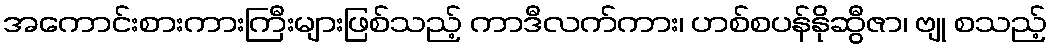
အကောင်းစားကားကြီးများဖြစ်သည့် ကာဒီလက်ကား၊ ဟစ်စပန်နိုဆွီဇာ၊ ဗျု စသည့်